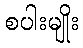
စပါးမျိုး